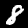
Digit: 8